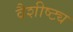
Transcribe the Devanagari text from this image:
वैशीष्ट्य